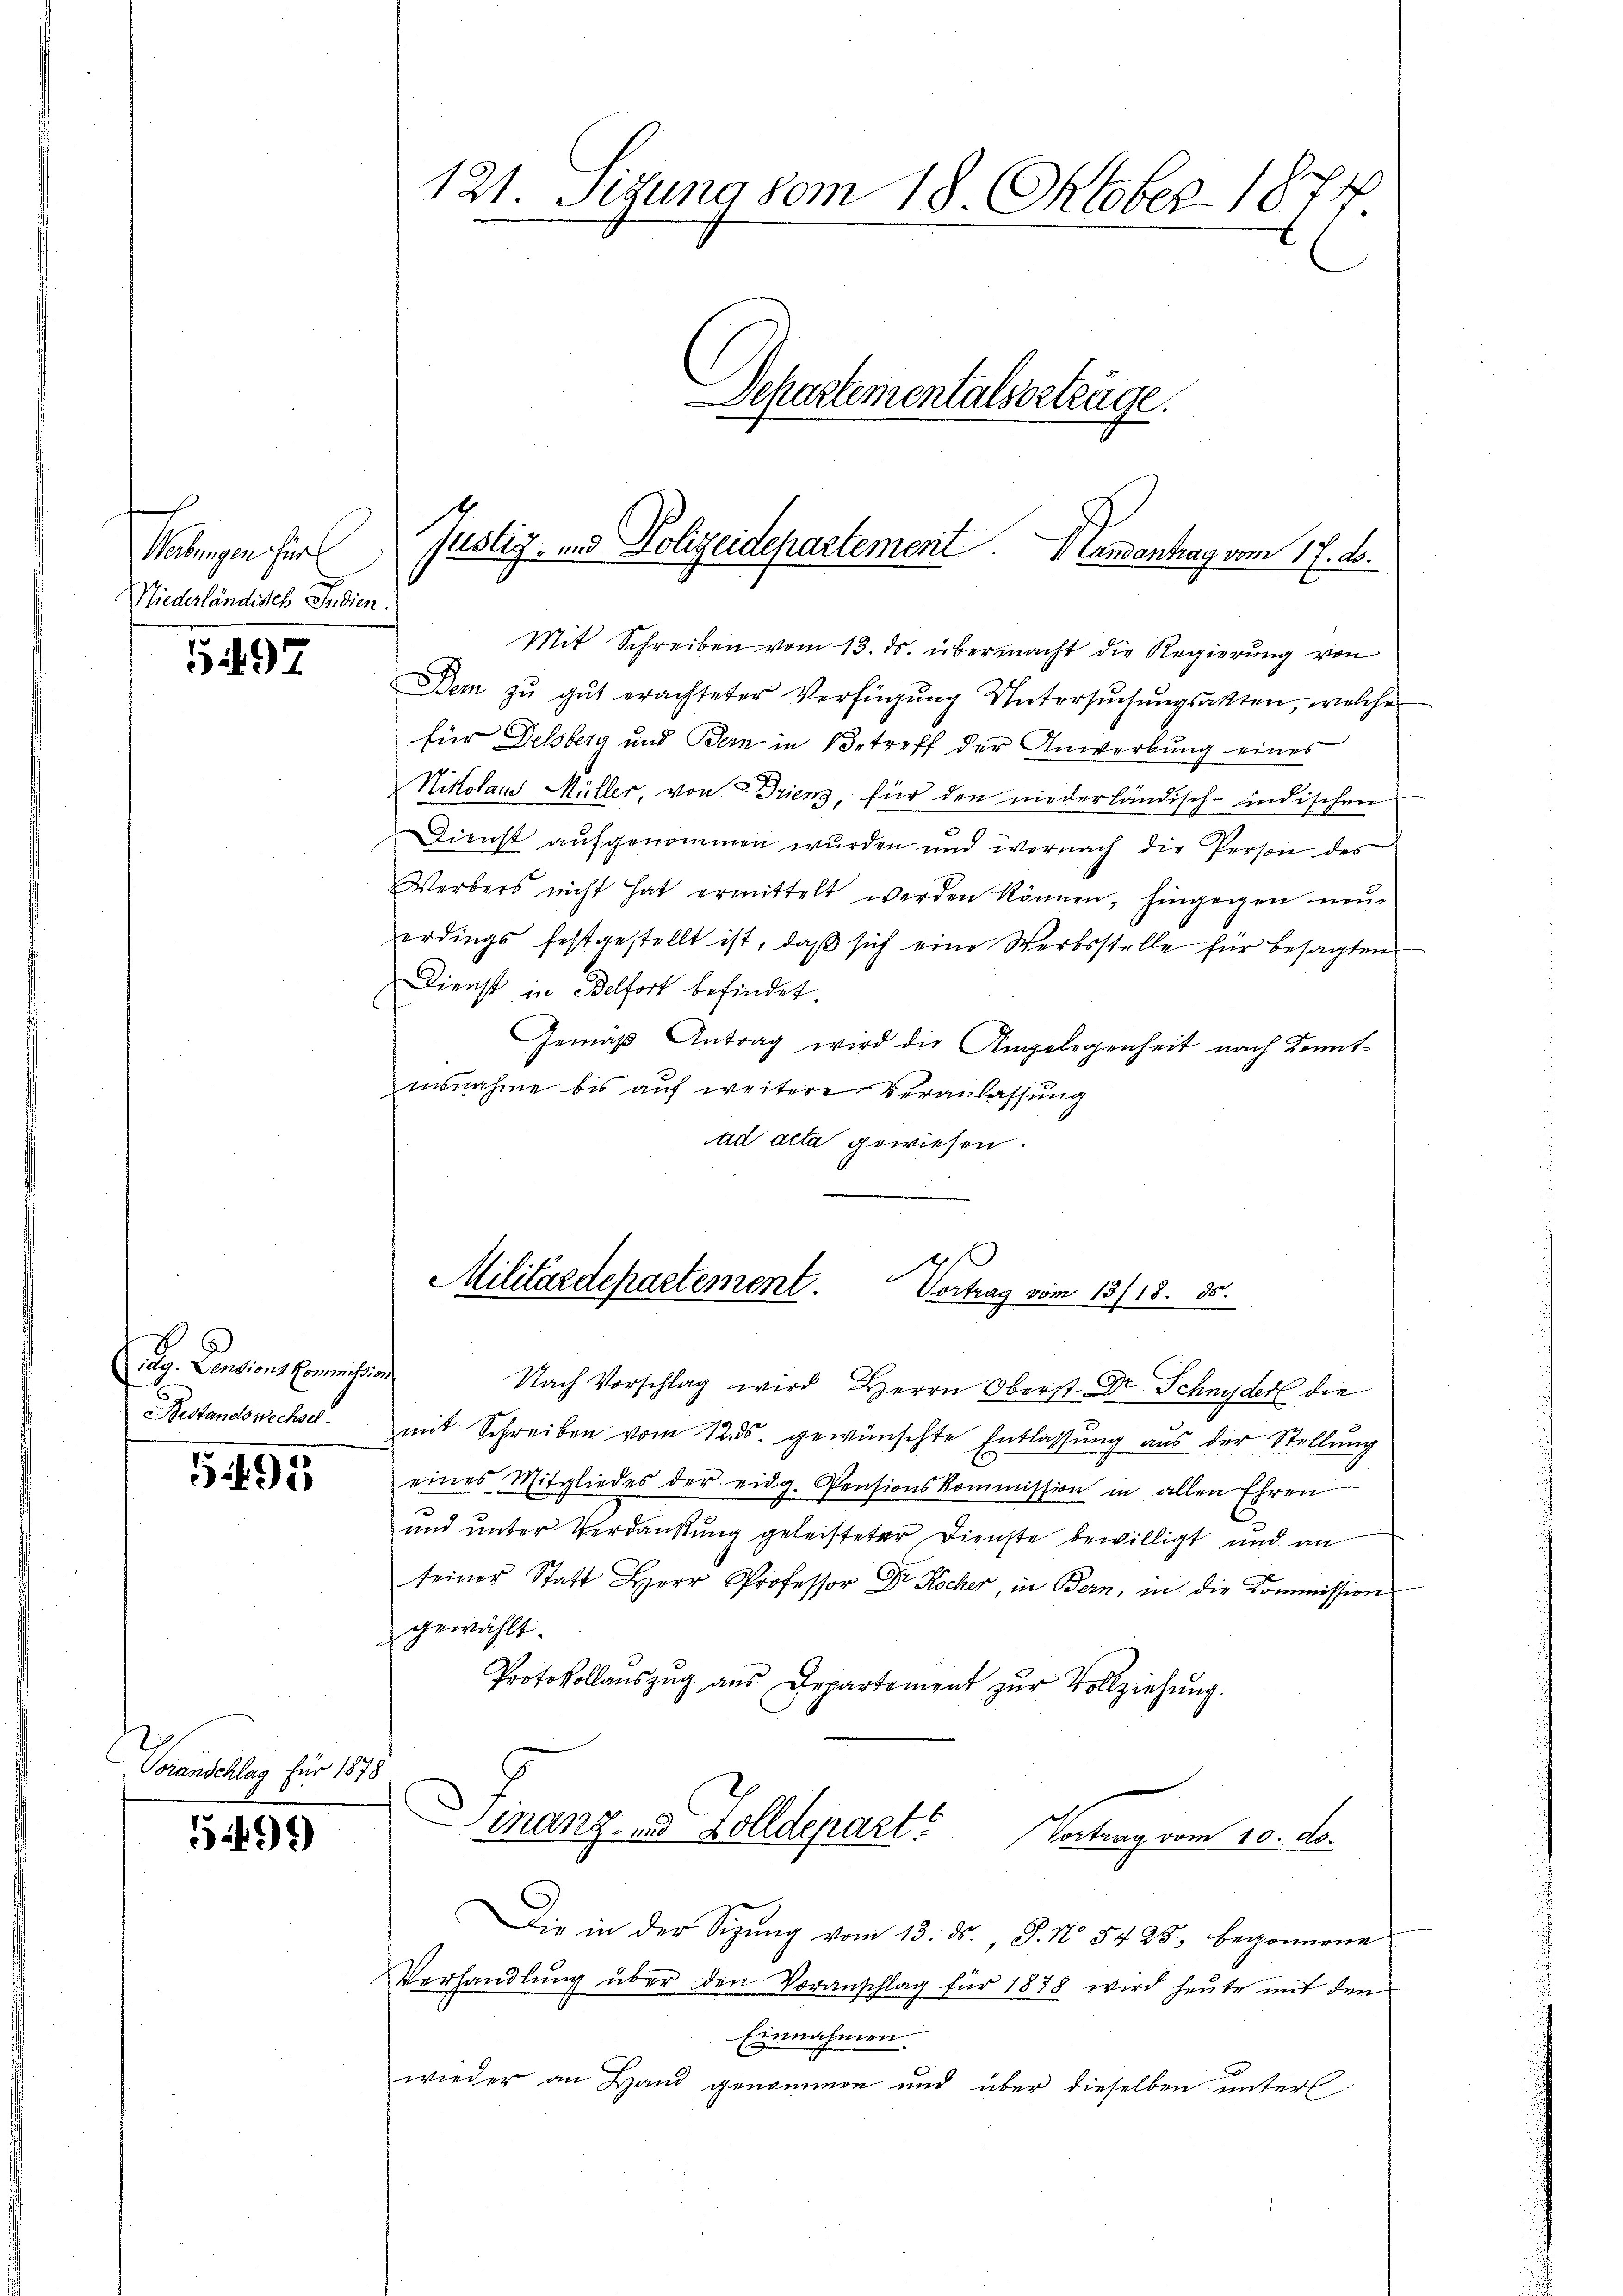
Malingen her
Niederländisch Indien

5497

Aug. Pensions Commißion
Bestandonechsel.

591

Voranschlag für 1878

5499

121. Sitzung vom 18. Oktober 1874
Departementalserträge.

Mit Schreiben vom 13. ds. übermacht die Regierung von
Bern zŭ gŭt erachteter Verfügŭng Untersŭchŭngsakten, welche
für Delsberg und Bern in Betreff der Anwerbung eines
Nikolaus Müller, von Drien, für den niederländisch-indischen
Dienst aufgenommen wurden und wornach die Person des
Werbers nicht hat ermittelt werden können, hingegen neŭ-
erdings festgestellt ist, daß sich eine Werbsstelle für besagten
Dienst in Belfort befindet.
Gemäß Antrag wird die Angelegenheit nach Kenntinnahme bis auf weitere Veranlassung
ad acta gewiesen.
4
Militärdepartement. Vortrag vom 13/18. ds.
Nach Vorschlag wird Herrn Oberst Dr. Schnyder die

mit Schreiben vom 12. ds. gewünschte Entlassung aus der Stellung
eines Mitgliedes der eidg. Pensionskommission in allen Ehren
und unter Verdankung geleisteter Dienste bewilligt und an
seiner Statt Herr Professor Dr. Kocher, in Bern, in die Kommission
gewählt.
Protokollaŭszŭg aŭs Departement zŭr Vollziehŭng.
inanz- und Zolldepart
Wortrag vom 10. ds.
Die in der Sitzŭng vom 13. ds., J. No. 5425, begonnene
Verhandlŭng über den Voranschlag für 1878 wird heŭte mit den
Einnahmen.
wieder an Hand genommen und über dieselben unterl

Justiz- und Polizeidepartement. Handenhag vom 17. ds.